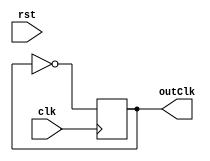
module clkBy2(
    input wire clk,
    input wire rst,
    output reg outClk
);
    always @ (posedge clk)begin
        if (rst == 1'b1) begin
            outClk <= 1'b0;
        end
            outClk <= ~outClk;
    end
endmodule